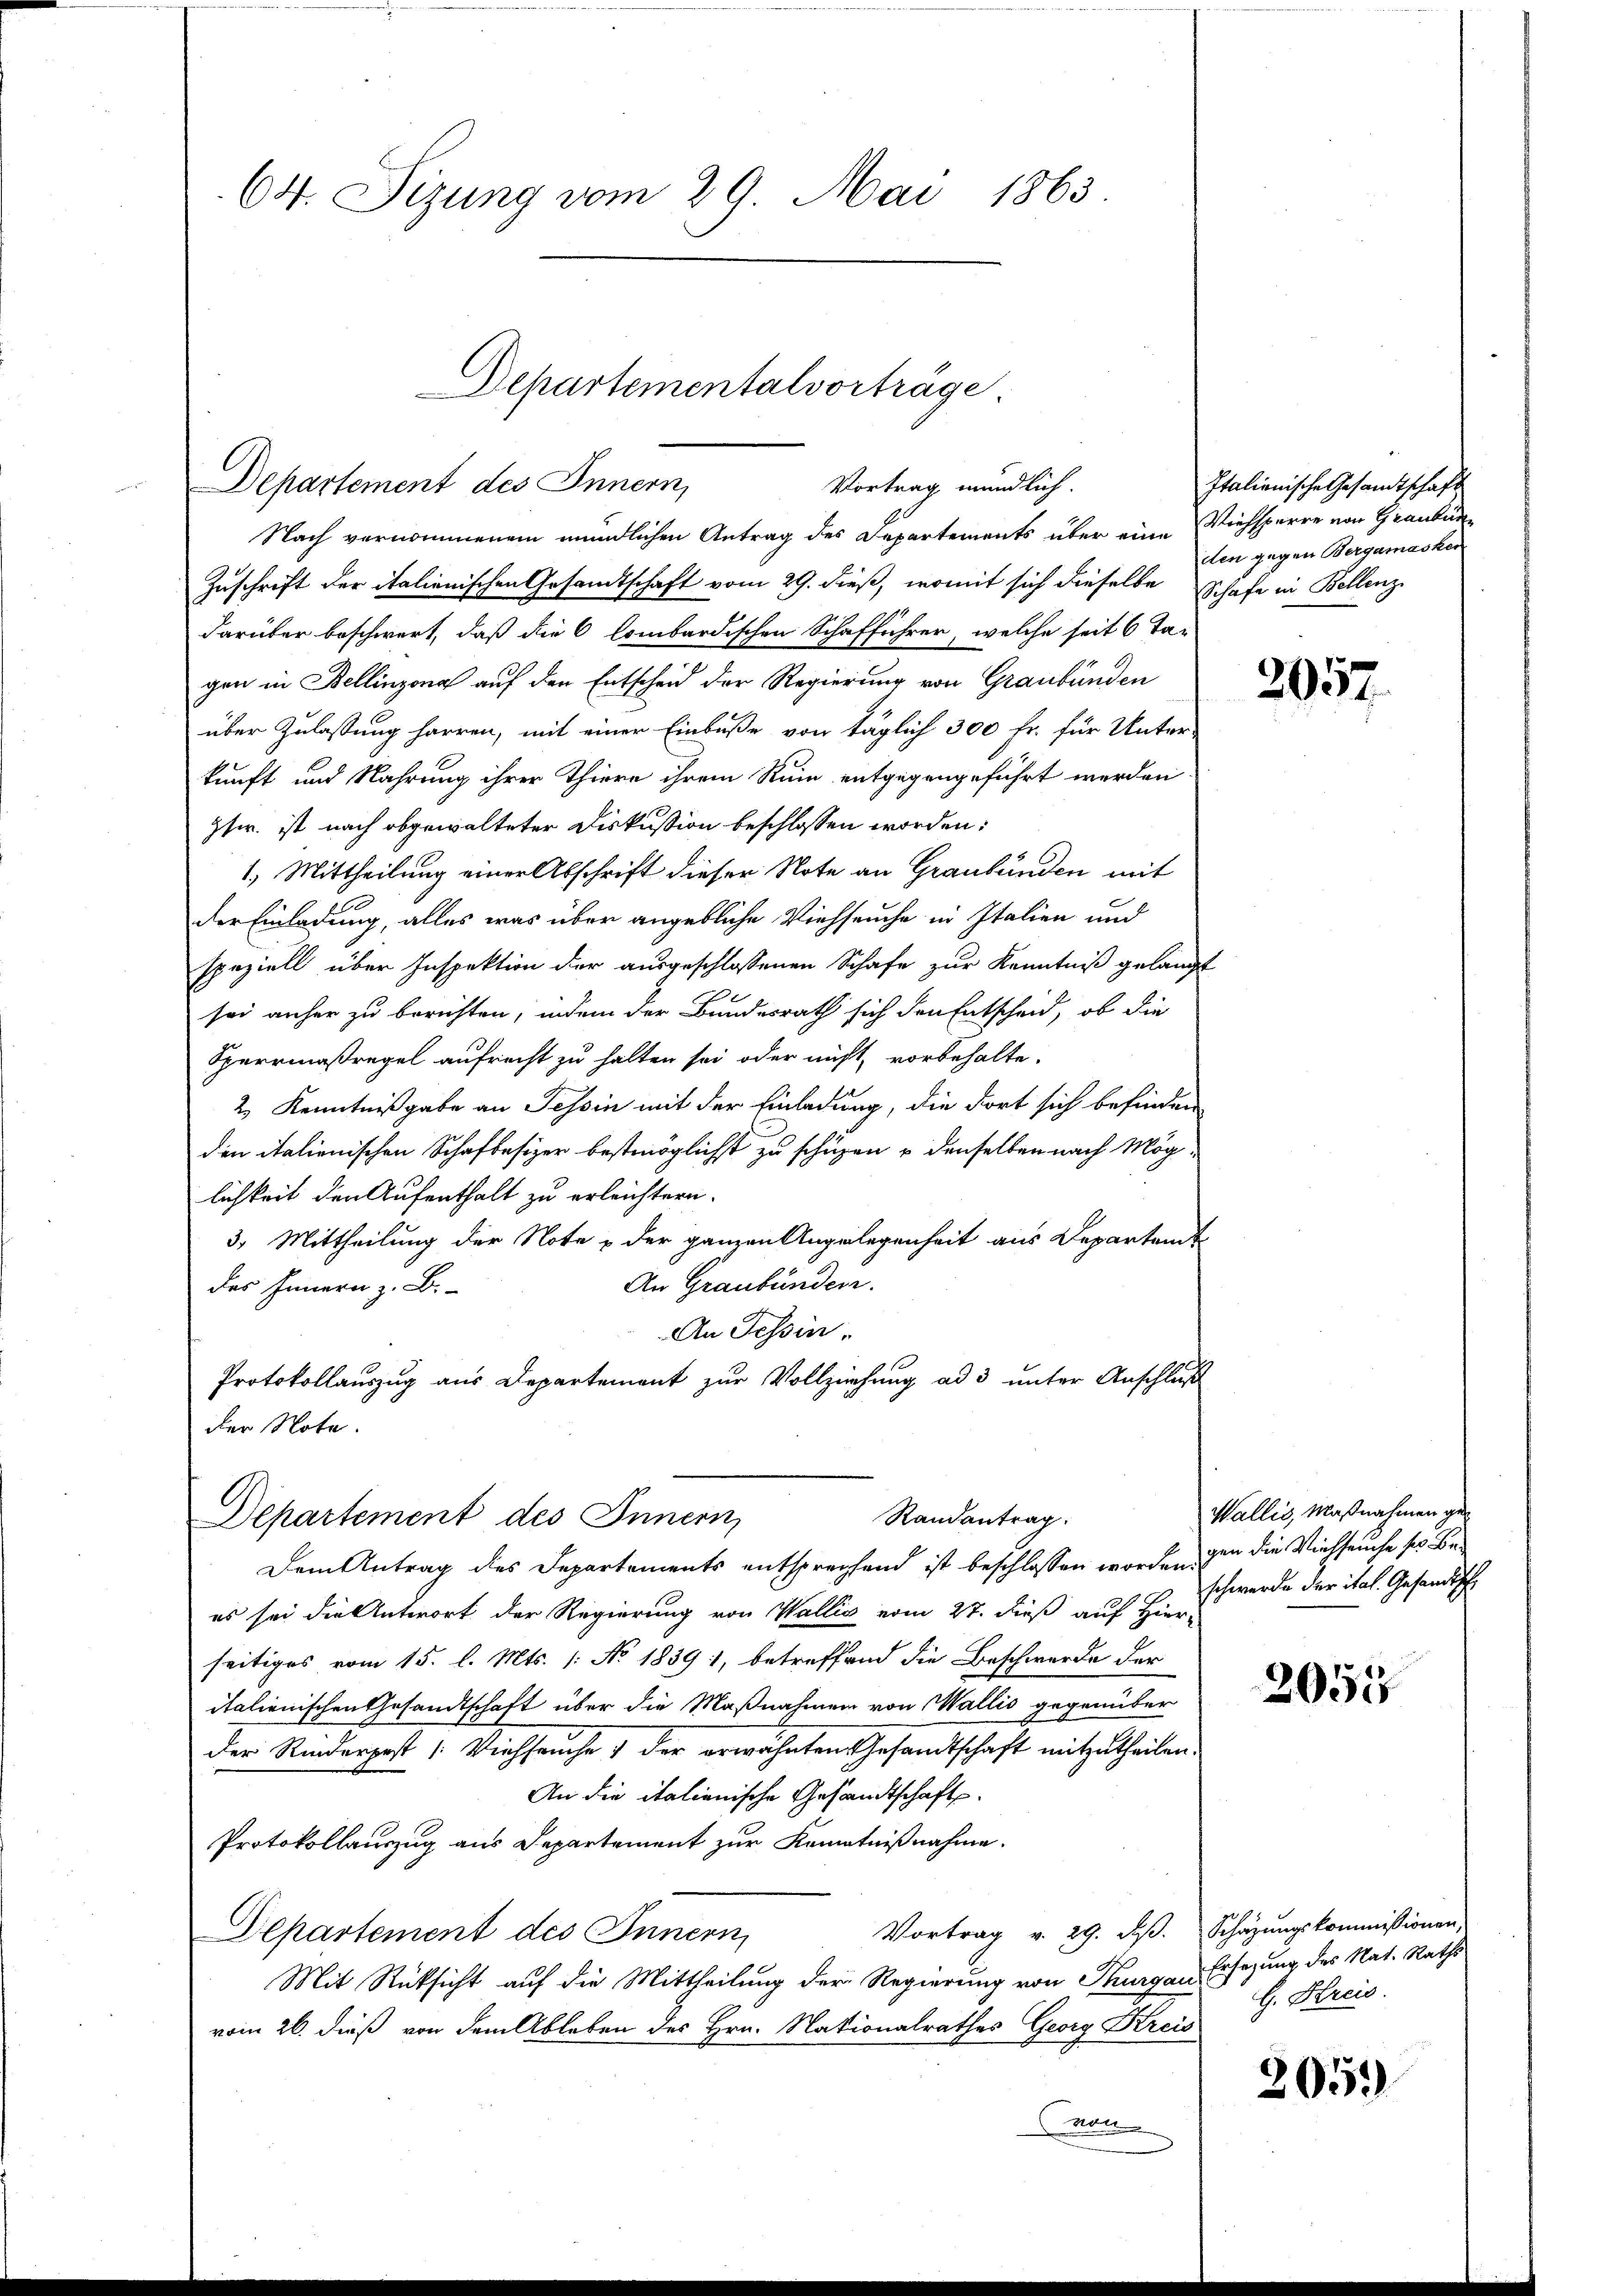
64. Sizung vom 29. Mai 1863.

Departementalvorträge
Departement des Innern,
Vortrag mündlich.

Nach vernommenem mündlichen Antrag des Departements über eine Viehsperre von Graubün¬
Zuschrift der italienischen Gesandtschaft vom 29. dieß, womit sich dieselbe Schafe in Bellenz
darüber beschwert, daß die 6 lombardischen Schafführer, welche seit 6 Ta-
gen in Bellinzona auf den Entscheid der Regierung von Graubünden
über Zulassung harren, mit einer Einbuße von täglich 300 Fr. für Unter-
kunft und Nahrung ihrer Thiere ihrem Ruin entgegengeführt werden
gfr. ist nach obgewalteter Diskussion beschlossen worden:
1.) Mittheilung einer Abschrift dieser Note an Graubünden mit
der Einladung, alles was über angebliche Viehseuche in Italien und
speziell über Inspektion der ausgeschlossenen Schafe zur Kenntniß gelangt
sei anher zu berichten, indem der Bundesrath sich den Entscheid, ob die
Sperrmaßregel aufrecht zu halten sei oder nicht, vorbehalte.
2 Kenntnißgabe an Tessin mit der Einladung, die dort sich befinden
den italienischen Schafbesizer bestmöglichst zu schüzen u denselben nach Mög-
lichkeit den Aufenthalt zu erleichtern.
3. Mittheilung der Note & der ganzen Angelegenheit aus Departamt
An Graubünden.
des Innern z. B.
An Tessin.
Protokollauszug aus Departement zur Vollziehung ad 3 unter Anschluß
der Note.

es sei die Antwort der Regierung von Wallis vom 27. dieß auf Hier-
seitiges vom 15. l. Mts. (: No 1839 1, betreffend die Beschwerde der
italienischen Gesandtschaft über die Maßnahmen von Wallis gegenüber
Der Rinderpost /: Viehseuche & der erwähnten Gesandtschaft mitzutheilen
An die italienische Gesandtschafts
Protokollauszug aus Departement zur Kenntnißnahme.
Vortrag v. 29. dß. Schazungskommissionen,
Departement des Innern
Mit Rücksicht auf die Mittheilung der Regierung von Thurgau, Ersezung des Nat. Raths
vom 26. dieß von dem Ableben des Hrn. Nationalrathes Georg Kreis
von

Randantrag.
Departement des Innern,
Dem Antrag des Departements entsprechend ist beschlossen worden von die Viehseuche ser Be¬

Italianische Gesamtschaft
den gegen Bergamasken

2057.

Wallis, Maßnahmen geschwerde der ital. Gesandtsche

2055

H. Kreis.

205.